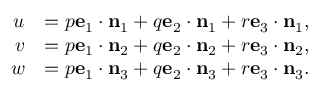
{ \begin{array} { r l } { u } & { = p \mathbf { e } _ { 1 } \cdot \mathbf { n } _ { 1 } + q \mathbf { e } _ { 2 } \cdot \mathbf { n } _ { 1 } + r \mathbf { e } _ { 3 } \cdot \mathbf { n } _ { 1 } , } \\ { v } & { = p \mathbf { e } _ { 1 } \cdot \mathbf { n } _ { 2 } + q \mathbf { e } _ { 2 } \cdot \mathbf { n } _ { 2 } + r \mathbf { e } _ { 3 } \cdot \mathbf { n } _ { 2 } , } \\ { w } & { = p \mathbf { e } _ { 1 } \cdot \mathbf { n } _ { 3 } + q \mathbf { e } _ { 2 } \cdot \mathbf { n } _ { 3 } + r \mathbf { e } _ { 3 } \cdot \mathbf { n } _ { 3 } . } \end{array} }